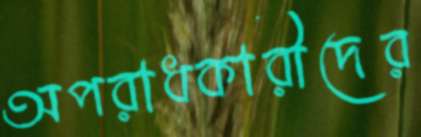
অপরাধকারীদের